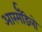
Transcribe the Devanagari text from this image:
आरर्मॅडिलो